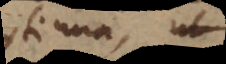
continua, ut